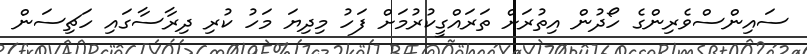
ސައިންސްވެރިންގެ ހޯދުން އިތުރަށް ތަރައްގީކުރުމަށް ފަހު މިދިޔަ މަހު ކުރި ދިރާސާގައި ހަޗިސަން